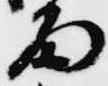
雨